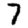
Digit: 7